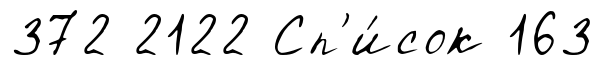
372 2122 Сп'и́сок 163